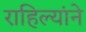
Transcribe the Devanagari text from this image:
राहिल्यांने